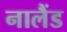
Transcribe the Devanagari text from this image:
नालैंड